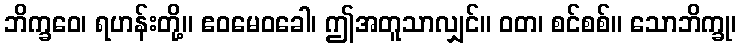
ဘိက္ခဝေ၊ ရဟန်းတို့။ ဧဝမေဝခေါ၊ ဤအတူသာလျှင်။ ဝတ၊ စင်စစ်။ သောဘိက္ခု၊